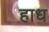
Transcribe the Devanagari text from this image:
हाध